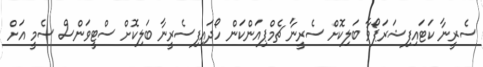
ސެރީނާ ކަޓައިފިޝަރަޕޯވާ ބަލިކޮށް ސެރީނާ ޗެމްޕިއަންކަން ހޯދައިފިސެރީނާ ބަލިކޮށް ސްޓީވަންސް ސެމީ އަށް